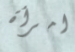
امرأة